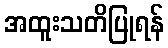
အထူးသတိပြုရန်